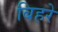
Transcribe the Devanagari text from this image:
बिहरे